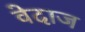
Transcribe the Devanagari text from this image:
वेदाज